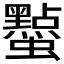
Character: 𮕔